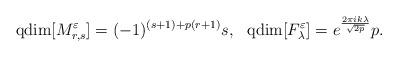
LaTeX: \begin{align*}{\rm qdim}[M^\varepsilon_{r,s}] =(-1)^{(s+1)+p(r+1)}s, \ \ {\rm qdim}[F^\varepsilon_\lambda]= e^{\frac{2 \pi i k \lambda}{\sqrt{2p}}}p .\end{align*}